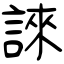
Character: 誺